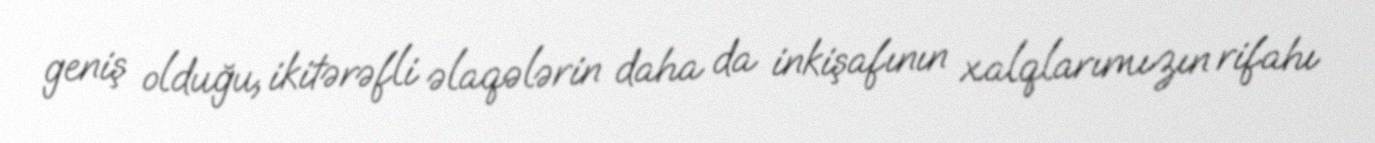
geniş olduğu, ikitərəfli əlaqələrin daha da inkişafının xalqlarımızın rifahı